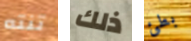
تنته ذلك بطئ